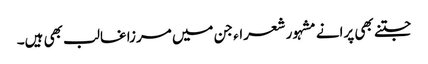
جتنے بھی پرانے مشہور شعراء جن میں مرزا غالب بھی ہیں۔